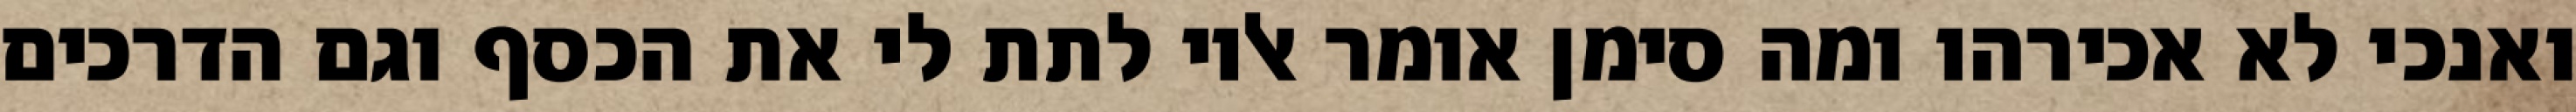
ואנכי לא אכירהו ומה סימן אומר אליו לתת לי את הכסף וגם הדרכים